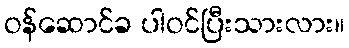
ဝန်ဆောင်ခ ပါဝင်ပြီးသားလား။